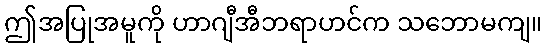
ဤအပြုအမူကို ဟာဂျီအီဘရာဟင်က သဘောမကျ။